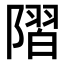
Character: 𨻸